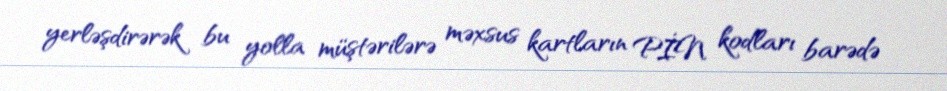
yerləşdirərək bu yolla müştərilərə məxsus kartların PİN kodları barədə